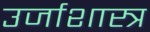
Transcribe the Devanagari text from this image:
उर्जाशास्त्र